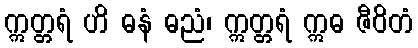
ဣတ္တရံ ဟိ ဓနံ ဓညံ၊ ဣတ္တရံ ဣဓ ဇီဝိတံ